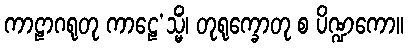
ကာဠာဂရုတု ကာဠေ’သ္မိံ၊ တုရုက္ခောတု စ ပိဏ္ဍကော။